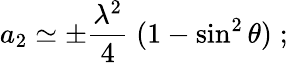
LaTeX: a_{2}\simeq\pm{\frac{\lambda^{2}}{4}}\; (1-\sin^{2}\theta)\; ;